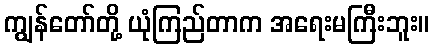
ကျွန်တော်တို့ ယုံကြည်တာက အရေးမကြီးဘူး။